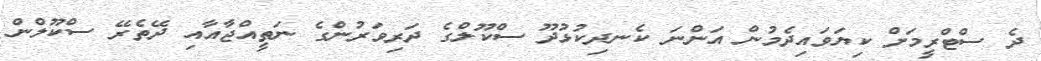
ދެ ސްޓްރީމަށް ކިޔަވައިދެމުން އަންނަ ކެނދިކުޅުދޫ ސްކޫލްގެ ދަރިވަރުންގެ ނަތީއްޖާއާއި ދޭތެރޭ ސްކޫލްން